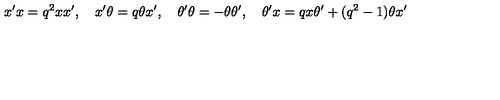
x ^ { \prime } x = q ^ { 2 } x x ^ { \prime } , \quad x ^ { \prime } \theta = q \theta x ^ { \prime } , \quad \theta ^ { \prime } \theta = - \theta \theta ^ { \prime } , \quad \theta ^ { \prime } x = q x \theta ^ { \prime } + ( q ^ { 2 } - 1 ) \theta x ^ { \prime }